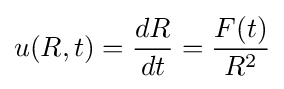
u(R,t)={\frac {dR}{dt}}={\frac {F(t)}{R^{2}}}